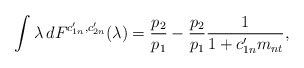
\begin{align*}\int\lambda \,dF^{c_{1n}',c_{2n}'}(\lambda)=\frac{p_2}{p_1}-\frac{p_2}{p_1}\frac{1}{1+c_{1n}'m_{nt}},\end{align*}